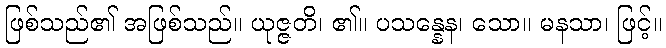
ဖြစ်သည်၏ အဖြစ်သည်။ ယုဇ္ဇတိ၊ ၏။ ပသန္နေန၊ သော။ မနသာ၊ ဖြင့်။